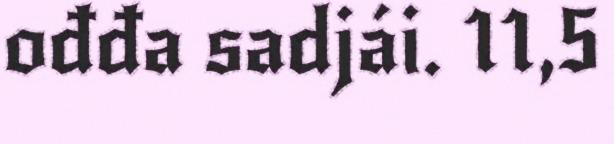
ođđa sadjái. 11,5